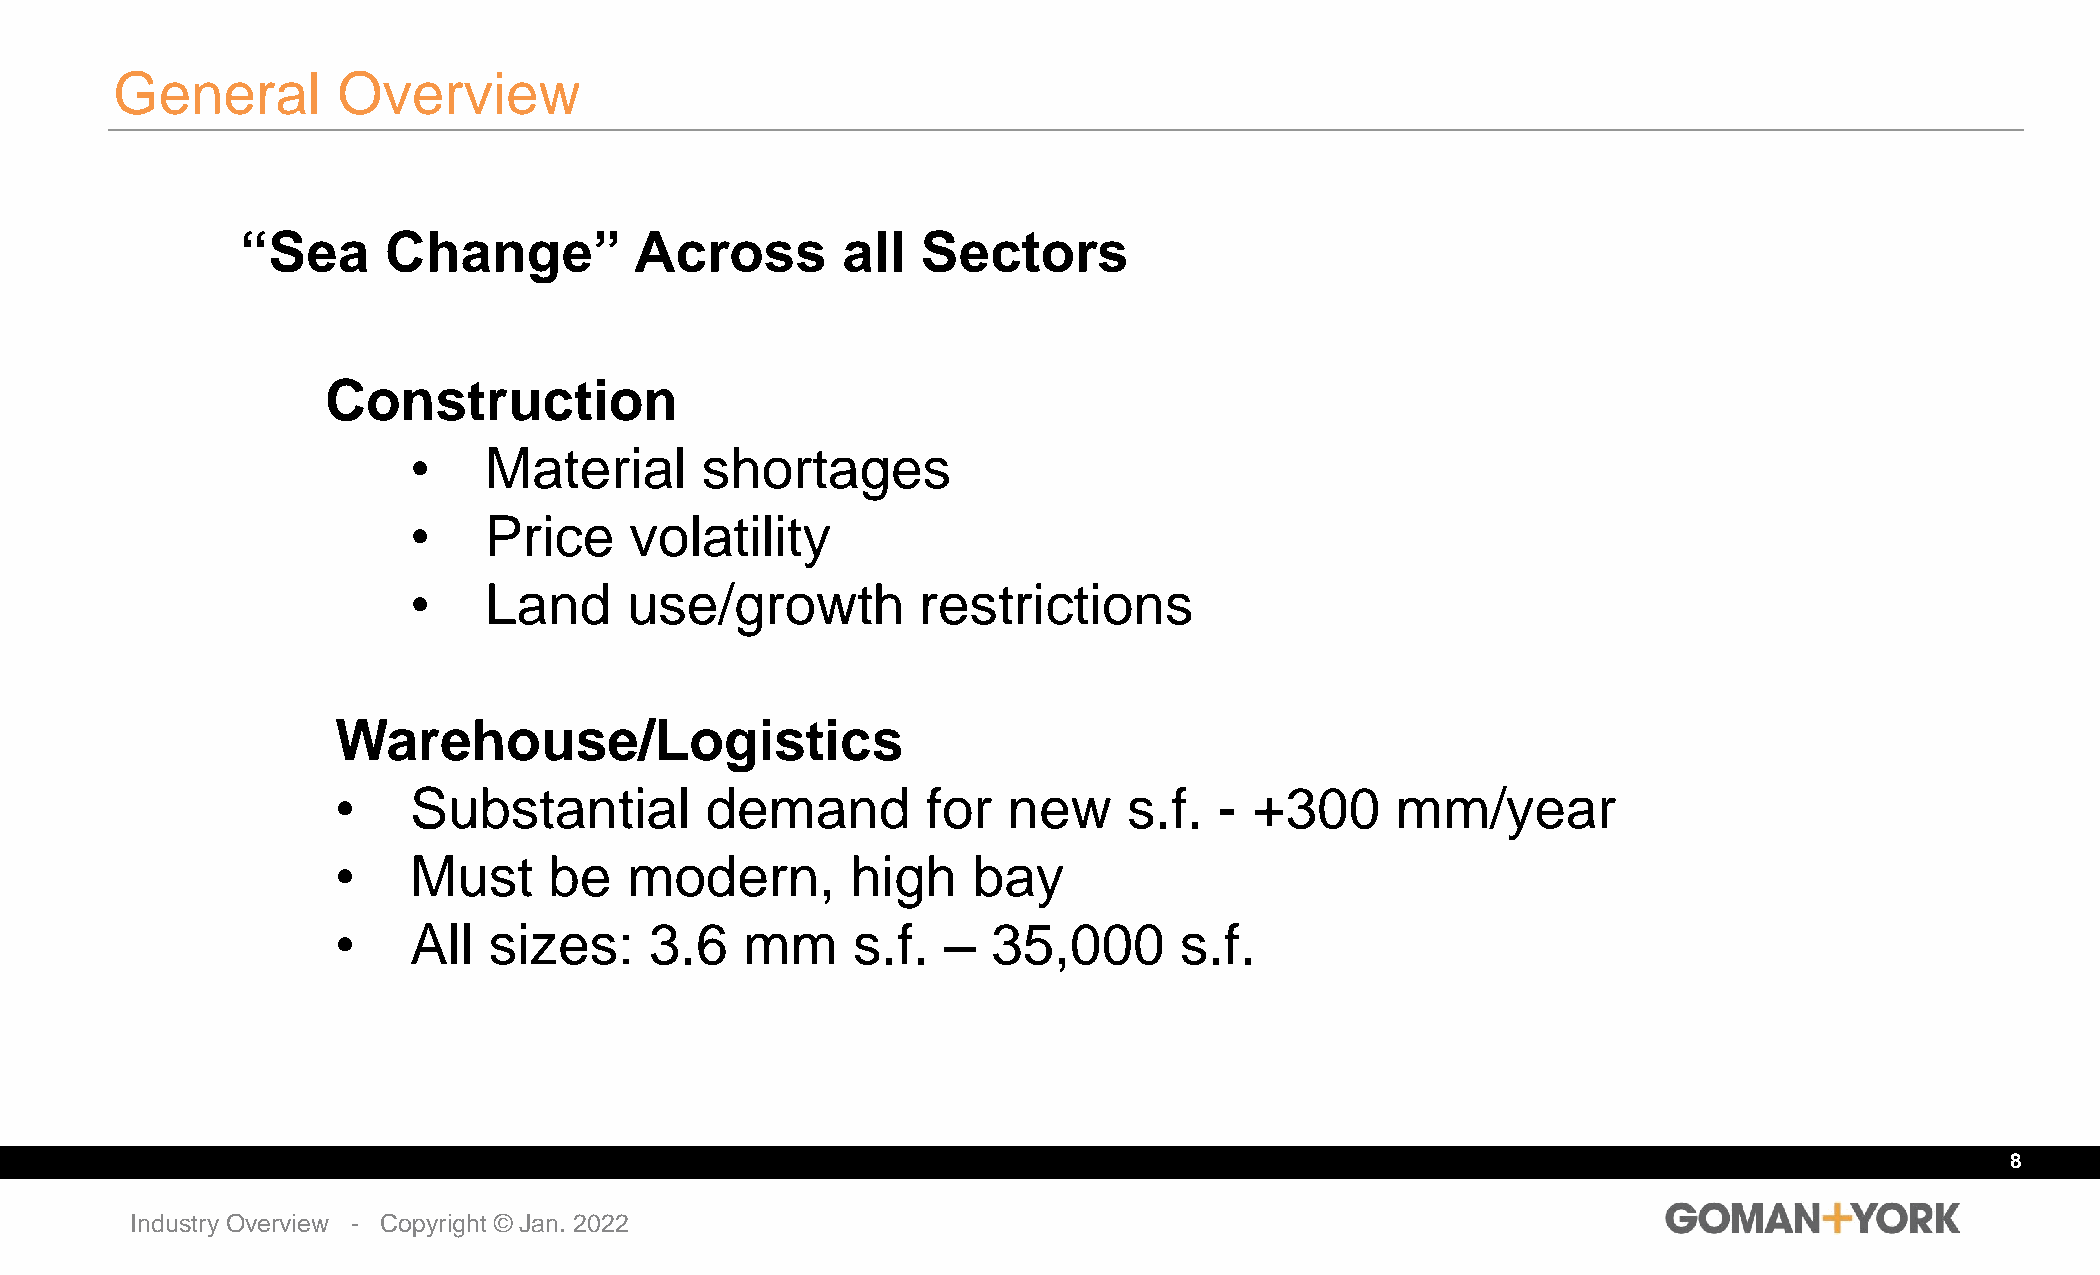
General        Overview
 “Sea     Change”          Across        all  Sectors
 Construction
 •    Material      shortages
 •    Price     volatility
 •    Land     use/growth          restrictions
 Warehouse/Logistics
 •    Substantial         demand        for   new     s.f.  - +300     mm/year
 •    Must     be    modern,       high    bay
 •    All  sizes:     3.6   mm     s.f.  –   35,000      s.f.
 8
 Industry Overview - Copyright © Jan. 2022